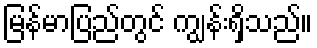
မြန်မာပြည်တွင် ကျွန်းရှိသည်။